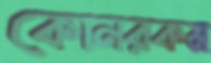
কোনরকম